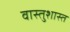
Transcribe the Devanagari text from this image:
वास्तुशास्त